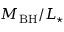
M _ { \mathrm { B H } } / L _ { \star }